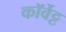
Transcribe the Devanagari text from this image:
कॉर्वेट्ट